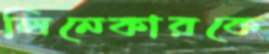
লিনেকারকে